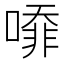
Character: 㗺